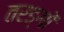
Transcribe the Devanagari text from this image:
तरङ्गों